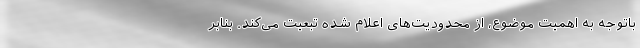
باتوجه به اهمیت موضوع، از محدودیت‌های اعلام شده تبعیت می‌کند. بنابر